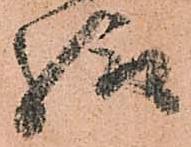
給